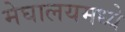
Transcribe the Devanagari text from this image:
मेघालयमध्ये